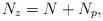
LaTeX: \begin{align*} N_z=N+N_p,\end{align*}